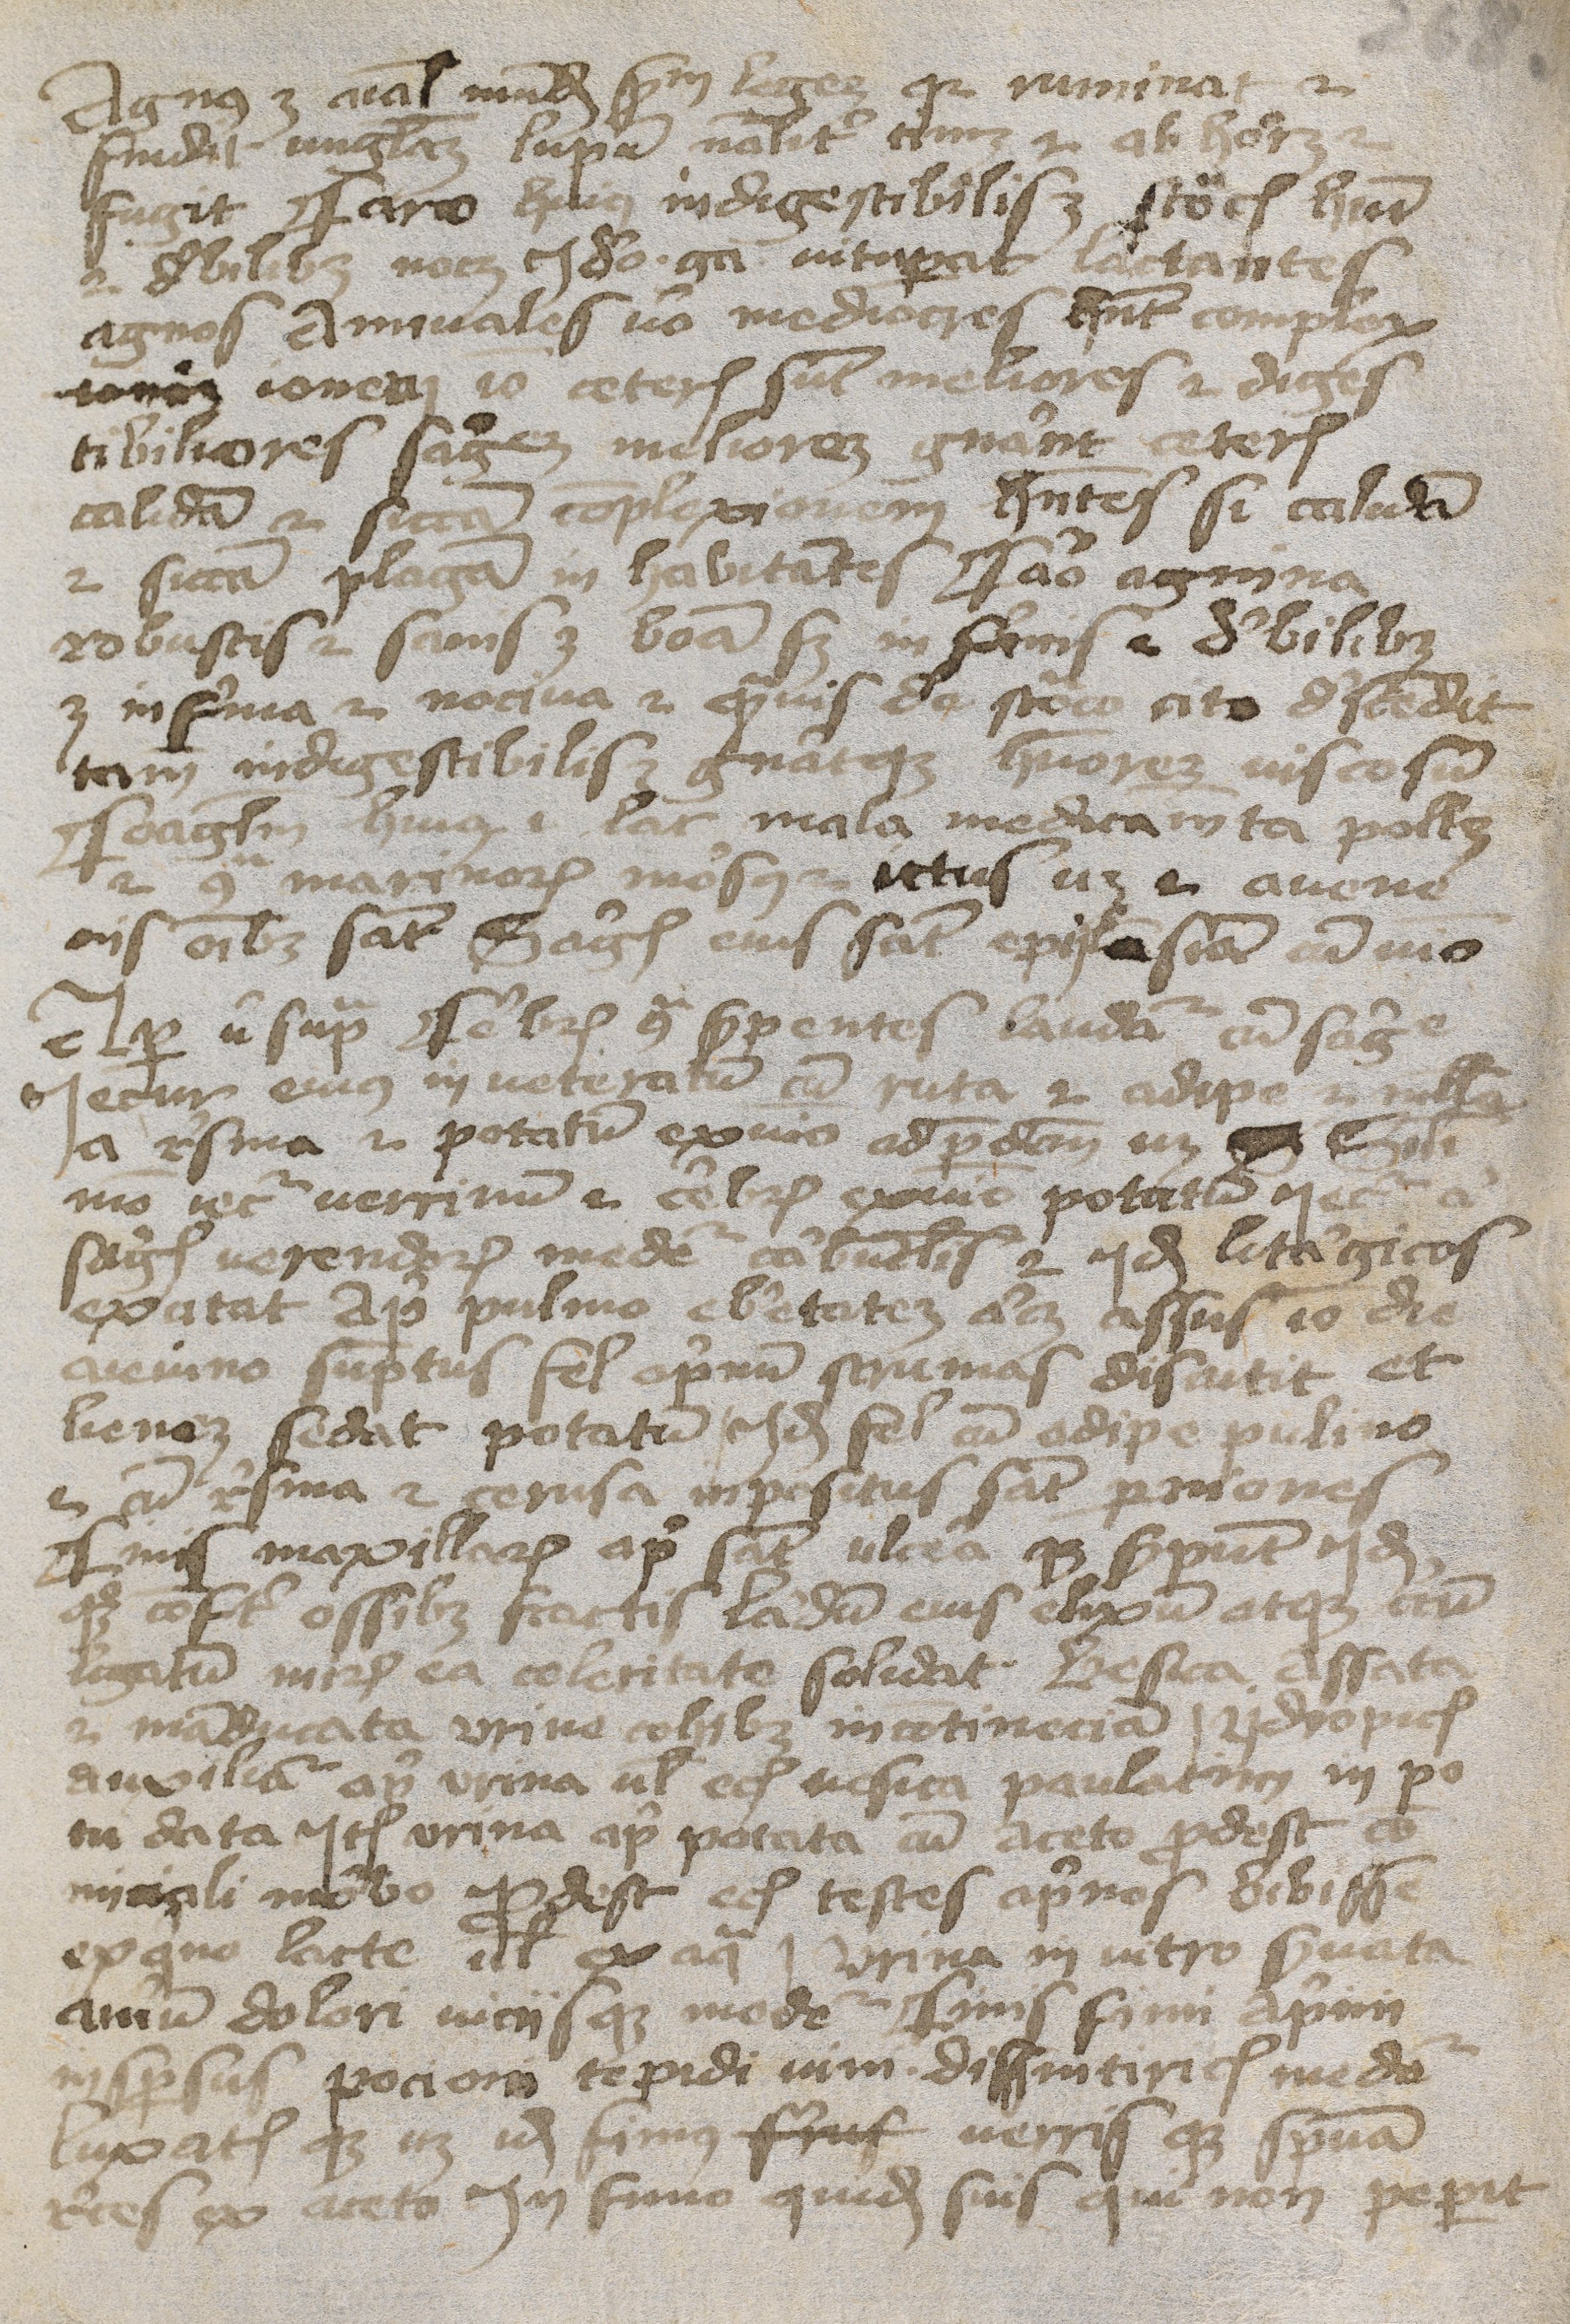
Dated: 1400–1424